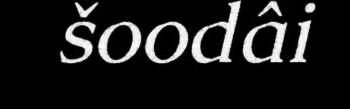
šoodâi